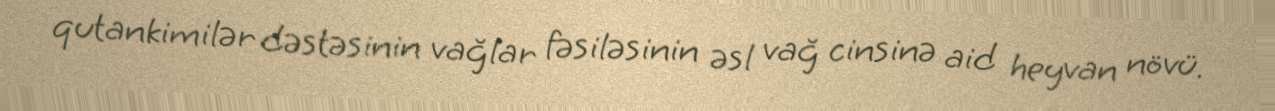
qutankimilər dəstəsinin vağlar fəsiləsinin əsl vağ cinsinə aid heyvan növü.